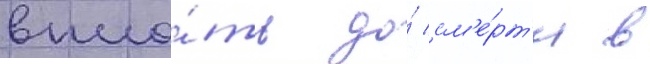
впло́ть до́ см'е́рт'и в